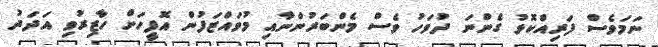
ނަމަވެސް ފަރިއްކޮޅު ގެންނަ ދުވަހު ވެސް މެންބަރުންނާއި މުވައްޒަފުން އޮފީހަށް ހާޒިރުވި އަދަދު